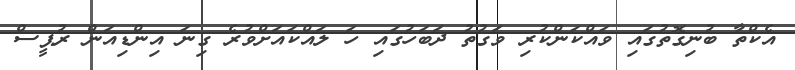
އެކްތާ ބުނިގޮތުގައި ވައްކަންކުރި ވަގުތު ދަބަހުގައި ހަ ލައްކައަށްވުރެ ގިނަ އިންޑިއަން ރުޕީސް